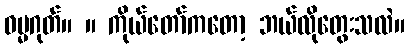
ဓမ္မဂုတ်။ ။ ကိုယ်တော်ကတော့ ဘယ်လိုတွေးသလဲ။